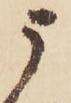
う